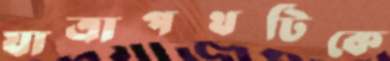
যাত্রাপথটিকে